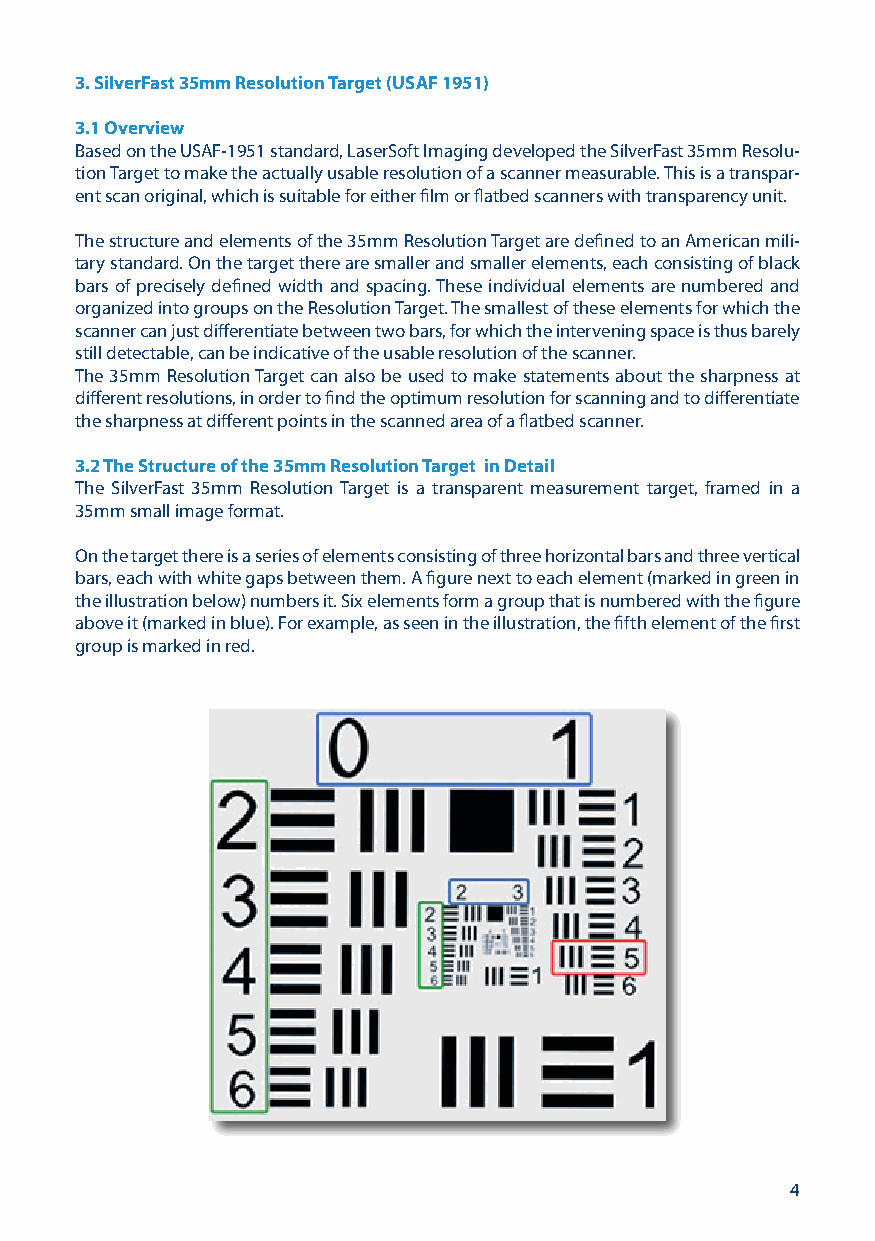
3. SilverFast 35mm Resolution Target (USAF 1951)
 3.1 Overview
 Based on the USAF-1951 standard, LaserSoft Imaging developed the SilverFast 35mm Resolu-
 tion Target to make the actually usable resolution of a scanner measurable. This is a transpar-
 ent scan original, which is suitable for either film or flatbed scanners with transparency unit.
 The structure and elements of the 35mm Resolution Target are defined to an American mili-
 tary standard. On the target there are smaller and smaller elements, each consisting of black
 bars of precisely defined width and spacing. These individual elements are numbered and
 organized into groups on the Resolution Target. The smallest of these elements for which the
 scanner can just differentiate between two bars, for which the intervening space is thus barely
 still detectable, can be indicative of the usable resolution of the scanner.
 The 35mm Resolution Target can also be used to make statements about the sharpness at
 different resolutions, in order to find the optimum resolution for scanning and to differentiate
 the sharpness at different points in the scanned area of a flatbed scanner.
 3.2 The Structure of the 35mm Resolution Target in Detail
 The SilverFast 35mm Resolution Target is a transparent measurement target, framed in a
 35mm small image format.
 On the target there is a series of elements consisting of three horizontal bars and three vertical
 bars, each with white gaps between them. A figure next to each element (marked in green in
 the illustration below) numbers it. Six elements form a group that is numbered with the figure
 above it (marked in blue). For example, as seen in the illustration, the fifth element of the first
 group is marked in red.
 4